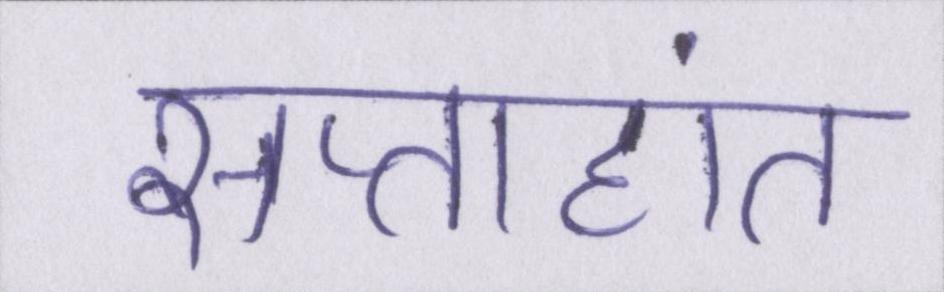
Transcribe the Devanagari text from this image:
सप्ताहांत